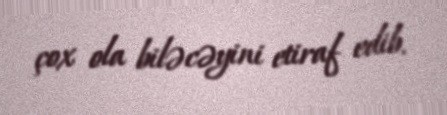
çox ola biləcəyini etiraf edib.